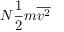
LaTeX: N { \frac { 1 } { 2 } } m { \overline { { v ^ { 2 } } } }